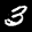
Label: 3